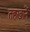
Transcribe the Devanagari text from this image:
तहखानें